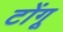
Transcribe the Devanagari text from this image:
टोंगू